65_HS1-834228961_62-HQ-83894_Section_7
Agency: FBI
Page 106
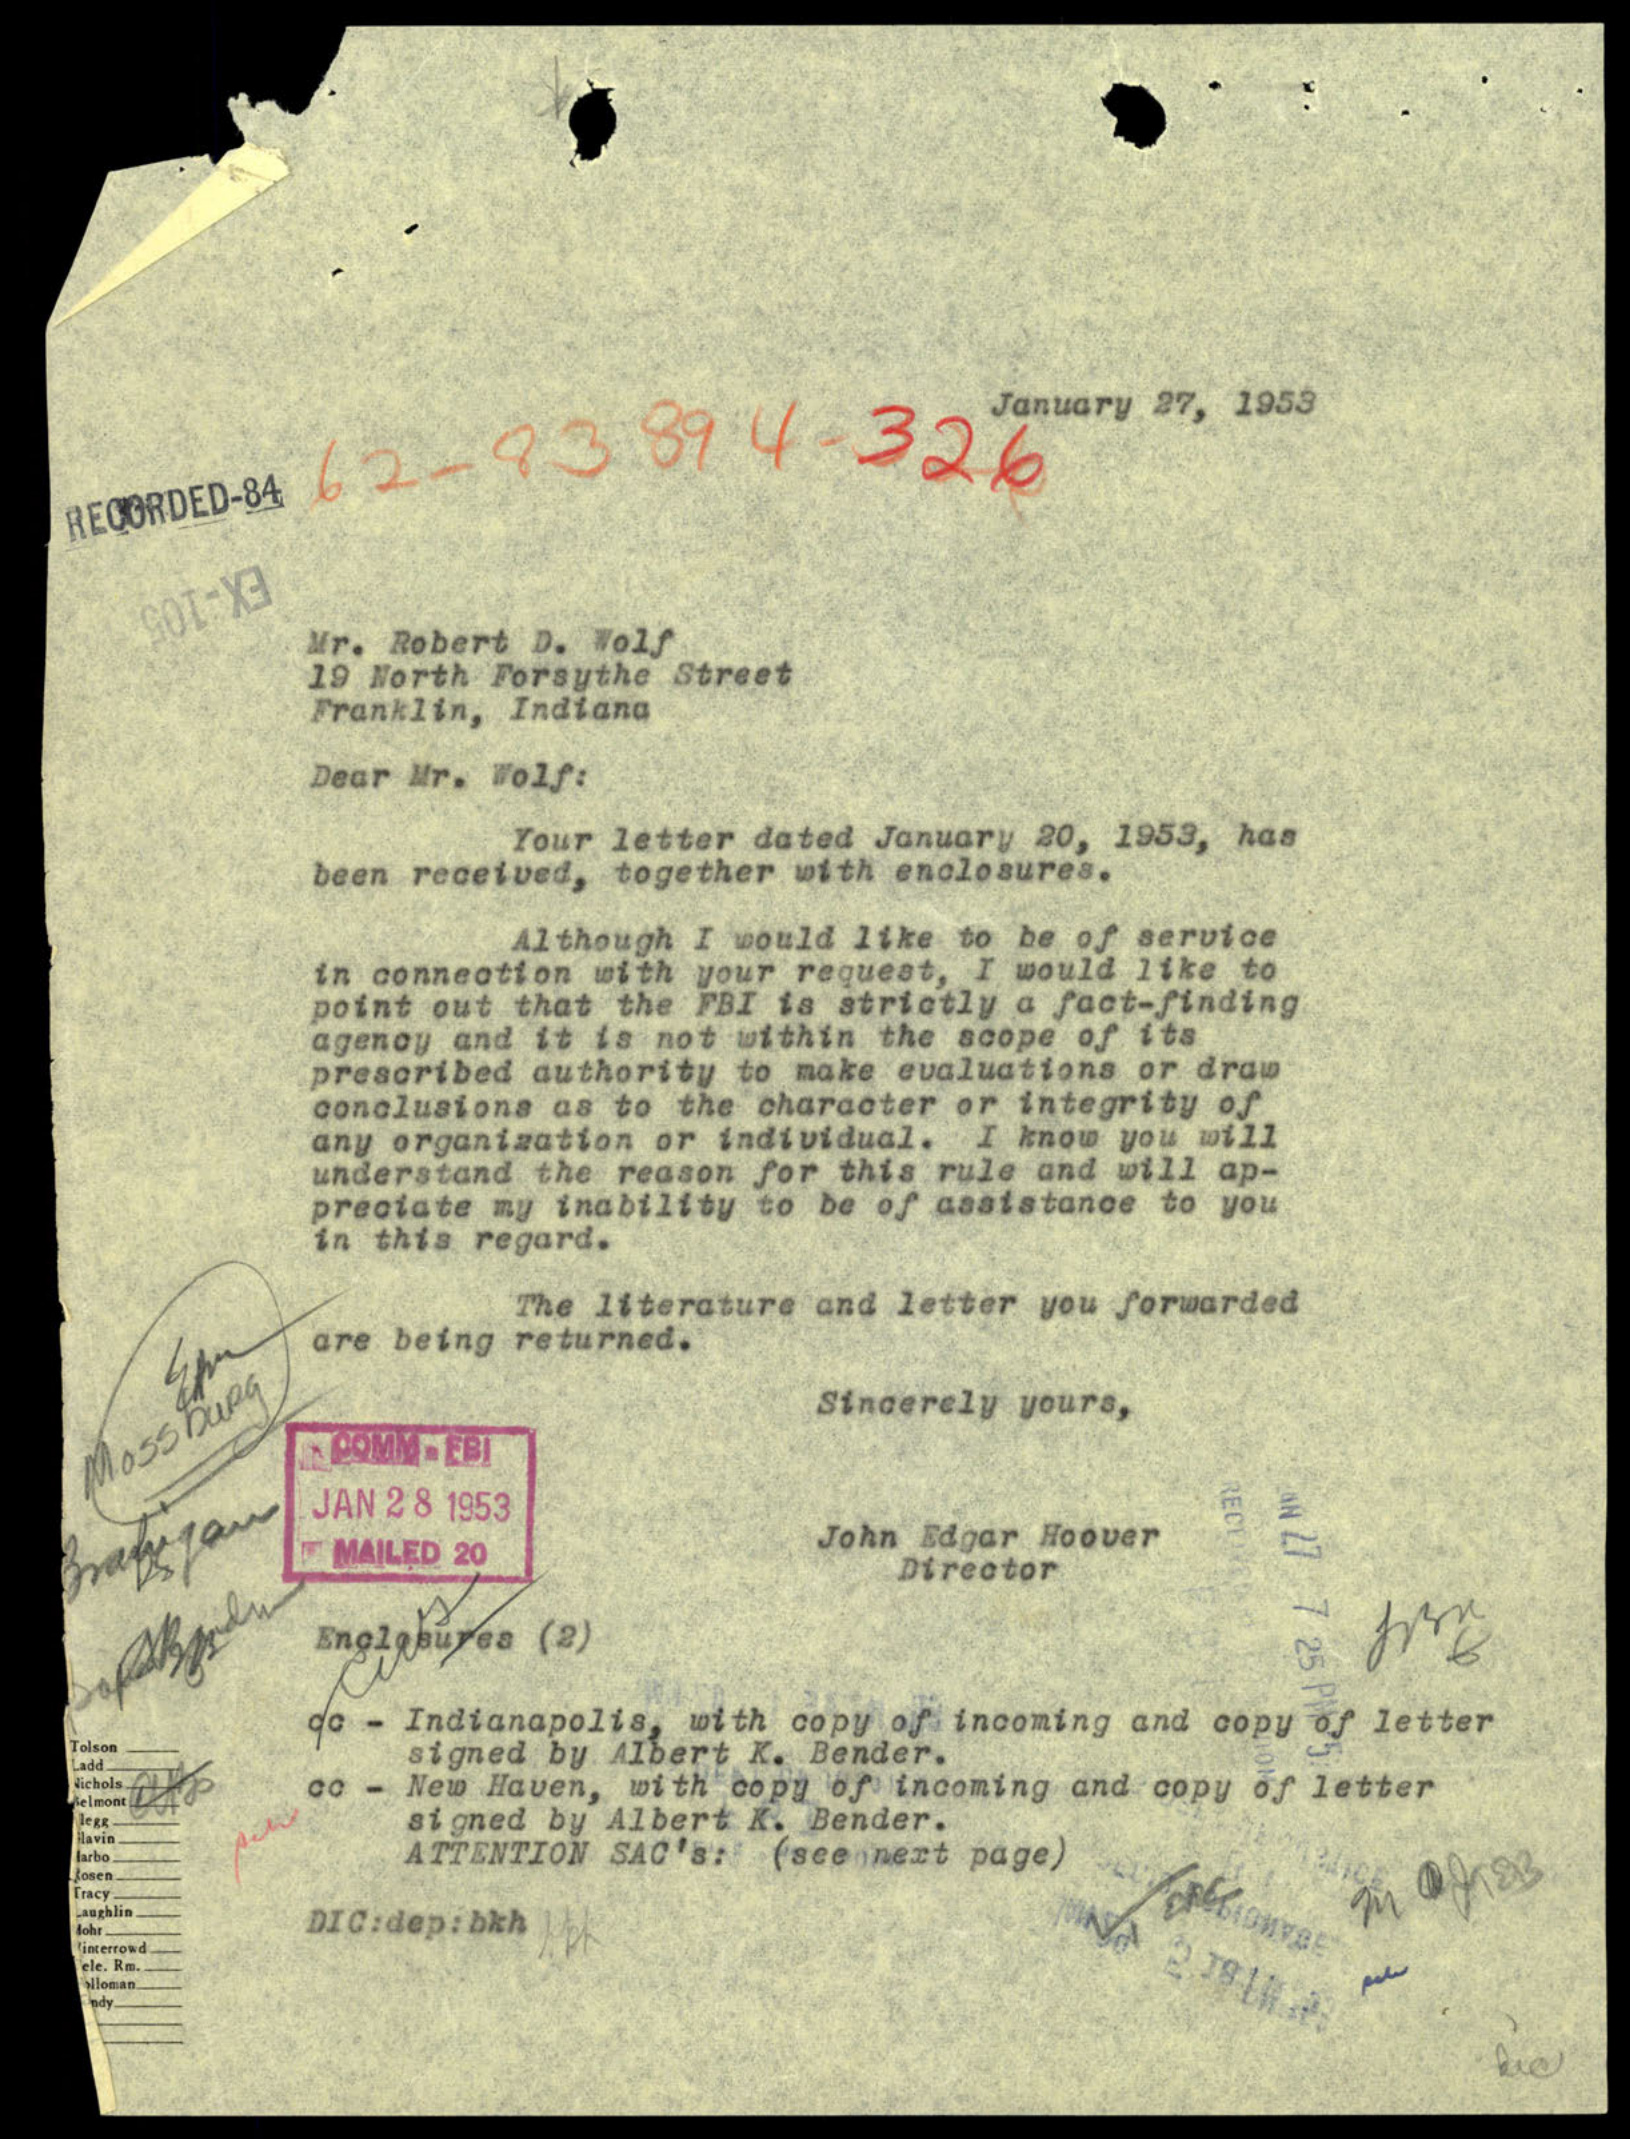